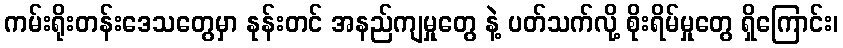
ကမ်းရိုးတန်းဒေသတွေမှာ နုန်းတင် အနည်ကျမှုတွေ နဲ့ ပတ်သက်လို့ စိုးရိမ်မှုတွေ ရှိကြောင်း၊